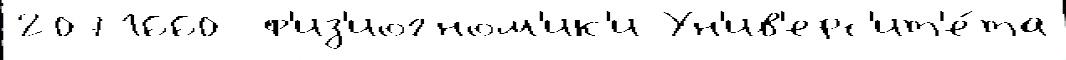
2071660  ф'из'иогном'ик'и Ун'ив'ерс'ит'е́та